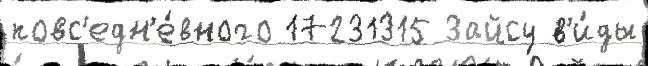
повс'едн'е́вного 17231315 Зайсу в'и́ды